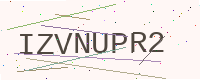
Text: IZVNUPR2